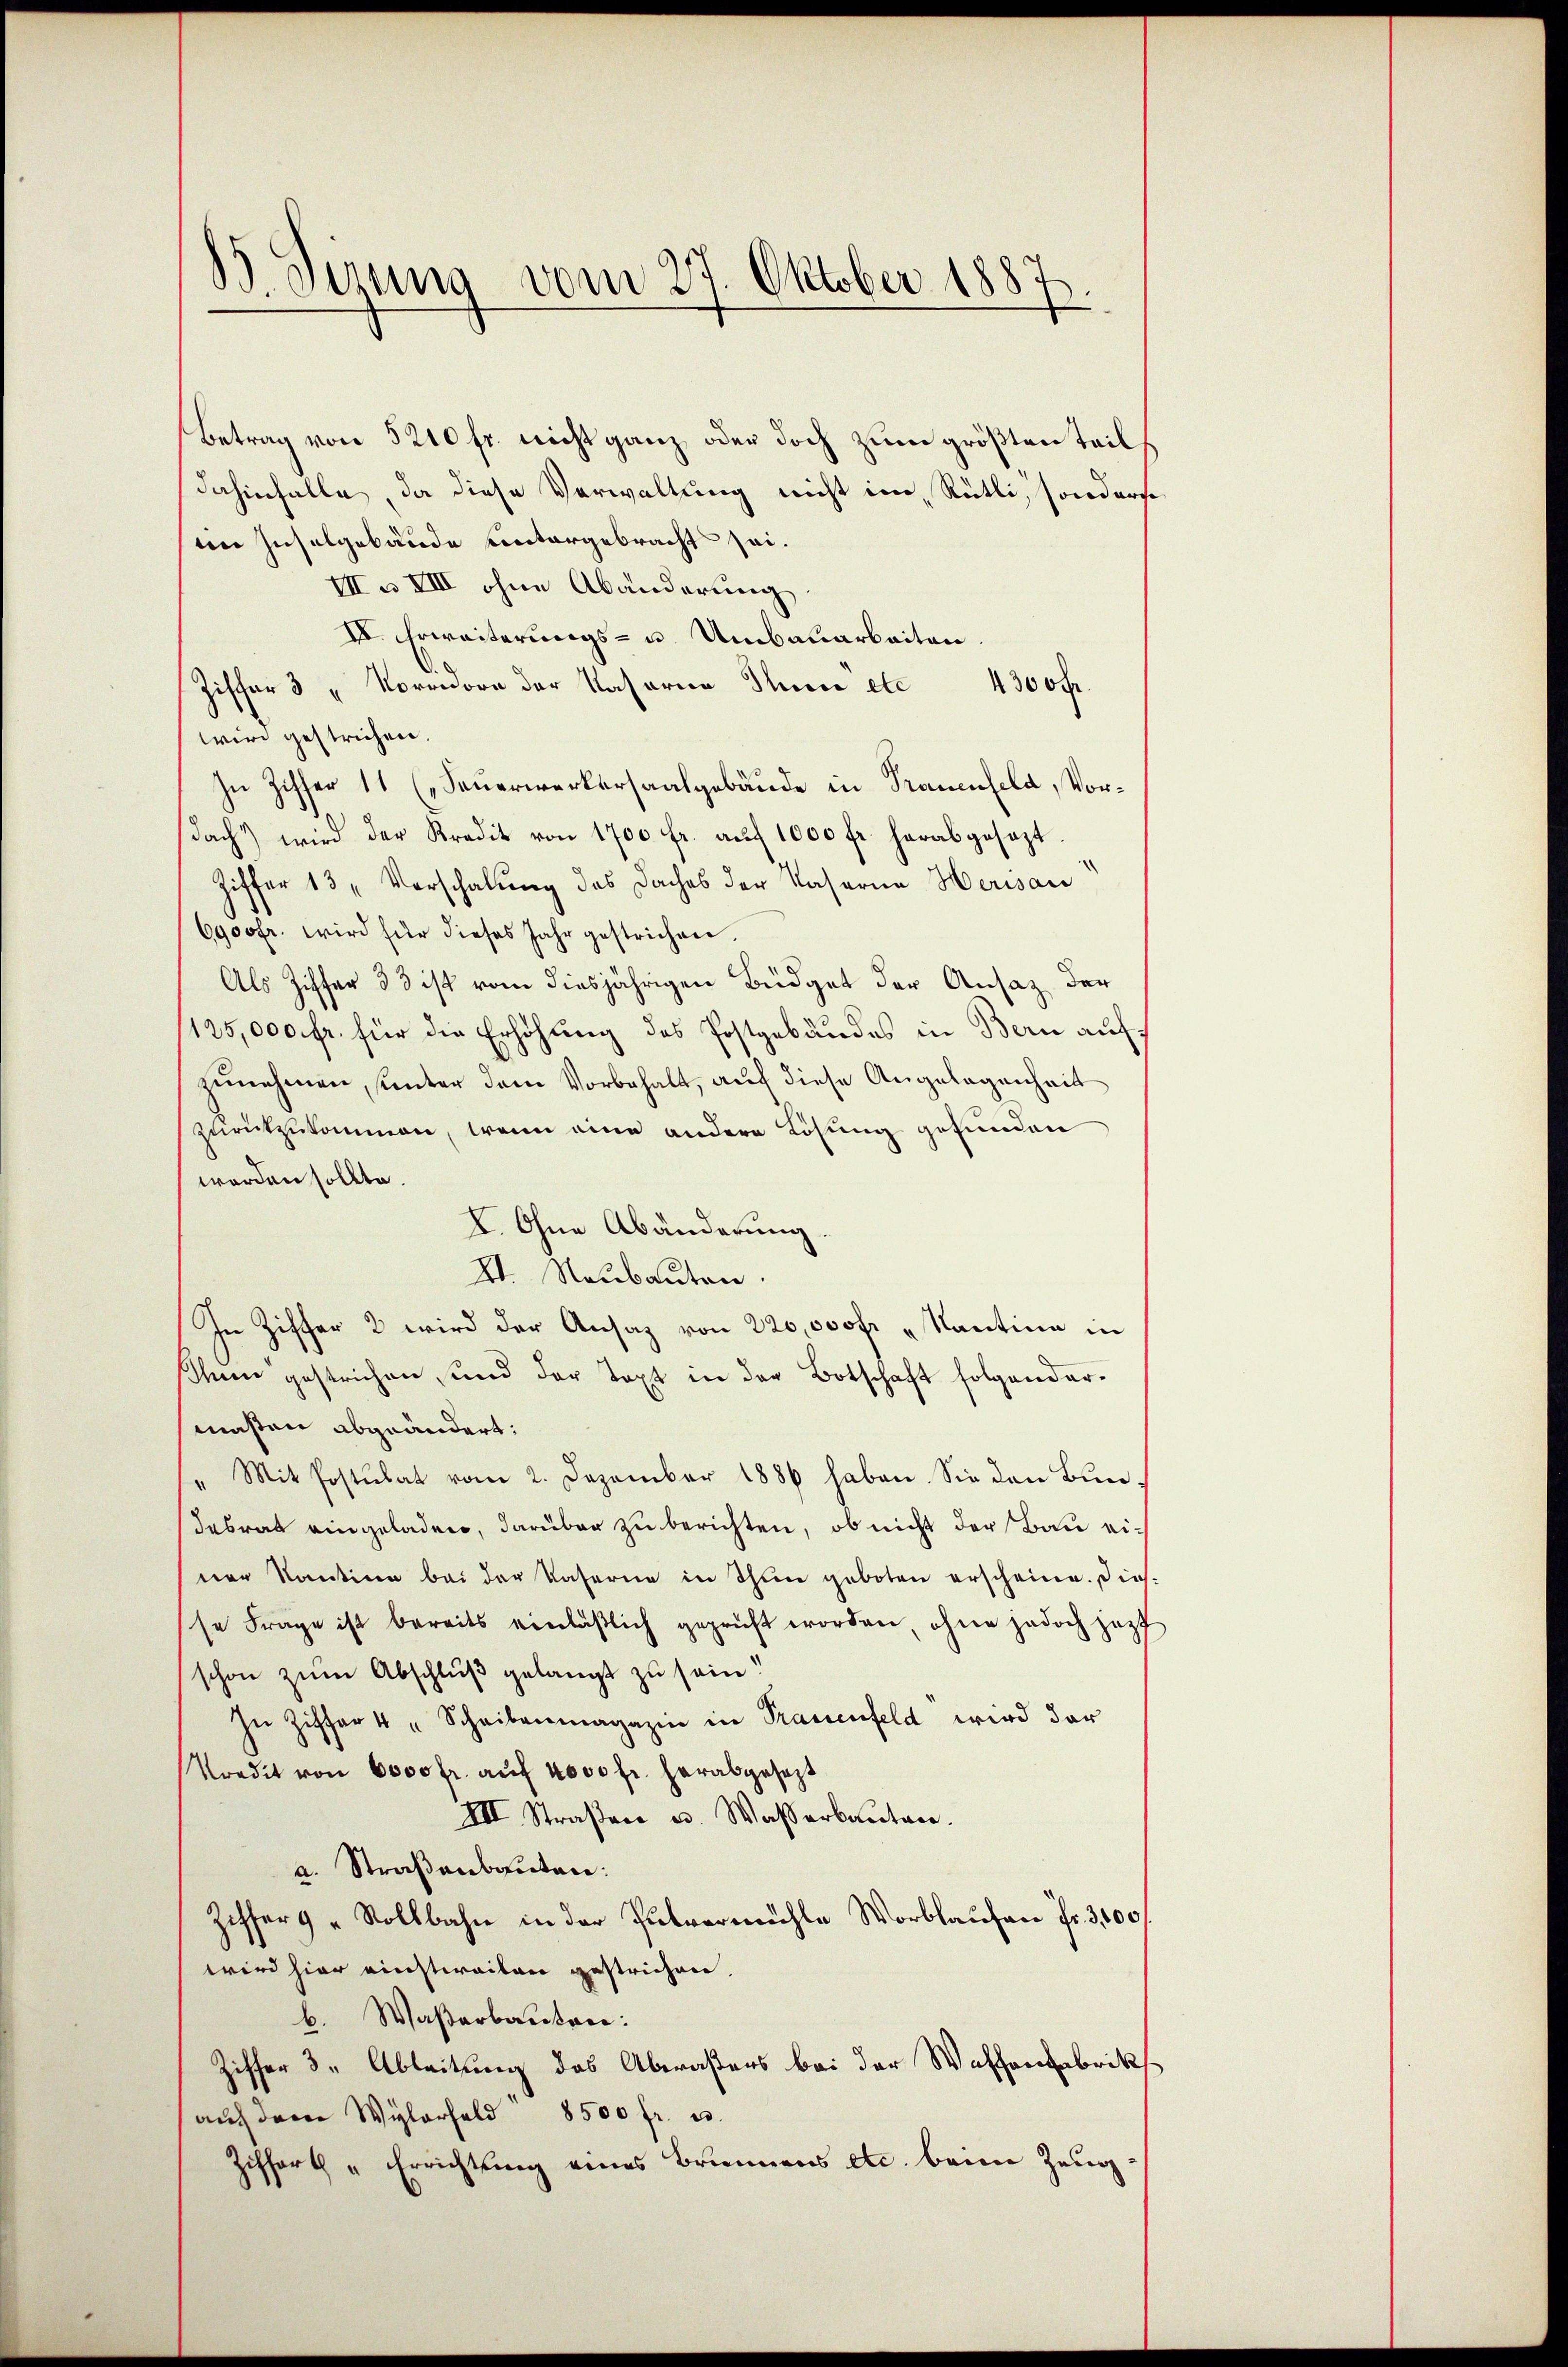
33 derung vom 27. Oktober 1887

Betrag von 5210 fr. nicht ganz oder doch zum größten Teils
dahinfalle, da diese Verwaltung nicht im Rütli, sonderst
ten Inselgebäude untergebracht sei.
VIIa VIII ohne Abänderung
IV. Erweiterungs- u. Umbauarbeiten.
Ziffer 3 "Norrorn der Nasaria Thüre etc 4300 fr.
wird gestrichen.
In Ziffer 11 (Feuerwerkersaalgebäude in Trauenfeld, Vordach) wird der Kredit von 1700 fr. aŭf 1000 fr. herabgesezt.
Ziffer 13 Vorschalung des Daches der Kaserne Herisau
6900fr. wird für dieses Jahr gestrichen.
Als Ziffer 33 ist vom diesjährigen Büdget der Ansaz der
125,000 fr. für die Erhöhung des Postgebäudes in Bern auf
zunehmen, unter dem Vorbehalt, auf diese Angelegenheit
zurückzukommen, wenn eine andere Lösung gefunden
worden sollte.
I. Ohne Abänderung.
V. Neubauten.
In Ziffer 2 wird der Ansaz von 220,000 fr „Kantina in
shin gestrichen, und der Text in der Botschaft folgendarmaßen abgeändert:
" Mit Postulat vom 2. Dezember 1886 haben. Sie den Bun
dabrat eingeladen, darüber zu berichten, ob nicht der Bau einer Kantine bei der Kaserne in Thun geboten erscheine. Dies-
se Frage ist bereits einläßlich geprüft worden, ohne jedoch jezt
schon zum Abschluß gelangt zu sein!
In Ziffer 4 " Scheibenmagazin in Trauenfeld wird dar
Predit von 6000 fr. auf 4000 fr. herabgesezt
VII. Straßen u. Wasserbauten.
a. Straßenbauten:
Zisser 9 "Rollbahn in der Pulvermühle Worblaufen fr. 300f
wird hier einstweilen gestrichen.
b. Waßerbauten:
Ziffer 3. Ableitung des Abrasters bei der Waffenfabrik
auf der Wylarfeld 8500 fr. u.
Ziffert „Errichtung eines Brunnens etc. beim Zeug: